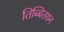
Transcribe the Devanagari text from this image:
तिब्बितयन